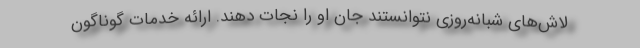
لاش‌های شبانه‌روزی نتوانستند جان او را نجات دهند. ارائه خدمات گوناگون